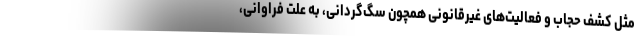
مثل کشف حجاب و فعالیت‌های غیرقانونی همچون سگ‌گردانی، به علت فراوانی،